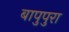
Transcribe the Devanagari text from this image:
बापुपुरा